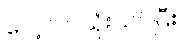
လေ့လာသုံးသပ်ပြီး